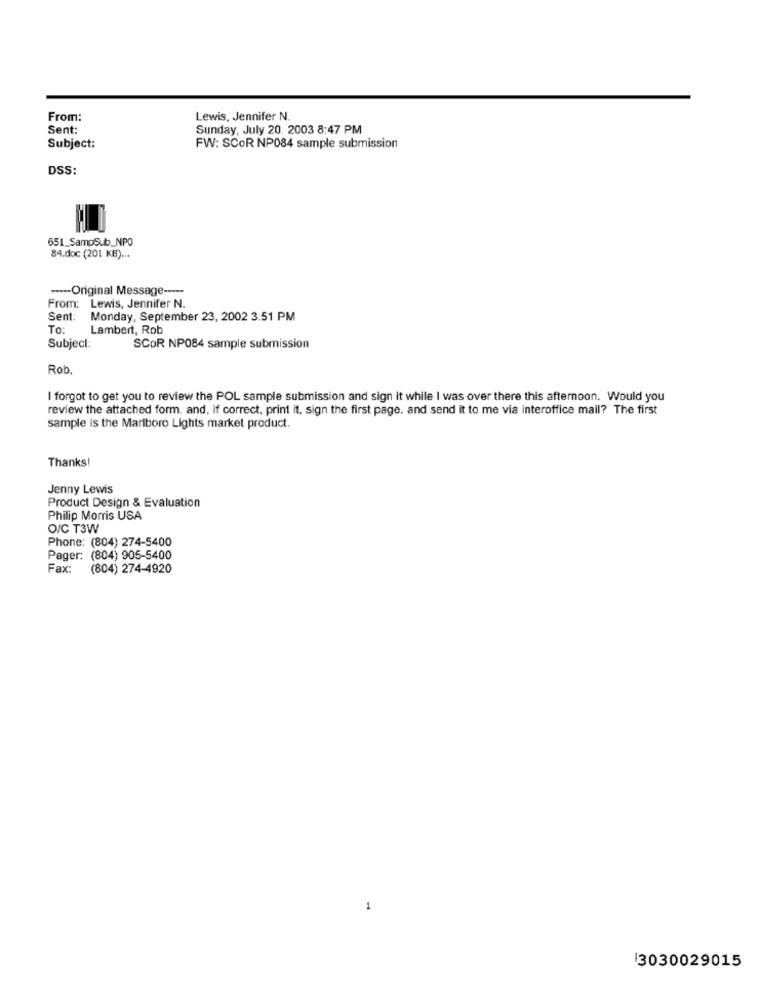
From:
Lewis, Jennifer N.
Sent:
Sunday, July 20, 2003 8:47 PM
Subject:
FW: SCOR NP084 sample submission
DSS:
651_SampSub_NPO
84.doc (201 KB) ...
---- Original Message -----
From: Lewis, Jennifer N.
Sent:
Monday, September 23, 2002 3:51 PM
To:
Lambert, Rob
Subject:
SCOR NP084 sample submission
Rob.
I forgot to get you to review the POL sample submission and sign it while I was over there this afternoon. Would you
review the attached form. and, if correct, print it, sign the first page. and send it to me via interoffice mail? The first
sample is the Marlboro Lights market product.
Thanks!
Jenny Lewis
Product Design & Evaluation
Philip Morris USA
O/C T3W
Phone: (804) 274-5400
Pager: (804) 905-5400
Fax:
(804) 274-4920
1
3030029015